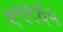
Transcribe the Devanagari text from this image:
१९९६५